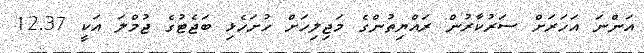
އަންނަ އަހަރަށް ސަރުކާރުން ރައްޔިތުންގެ މަޖިލިހަށް ހުށަހެޅި ބަޖެޓުގެ ޖުމްލަ އަކީ 12.37